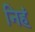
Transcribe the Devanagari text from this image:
निहं